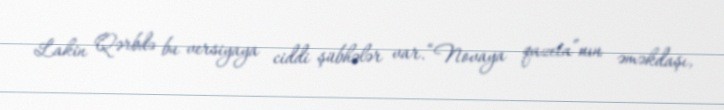
Lakin Qərbdə bu versiyaya ciddi şübhələr var.“Novaya qazeta”nın əməkdaşı,